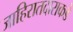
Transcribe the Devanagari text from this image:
जाहिरातदाराकडे